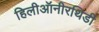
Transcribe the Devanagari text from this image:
हिलीऑनीरथिडी